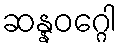
ဆန္နဝဂ္ဂေါ